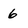
Character: 6